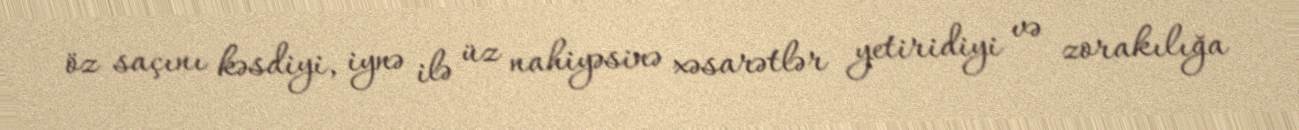
öz saçını kəsdiyi, iynə ilə üz nahiyəsinə xəsarətlər yetiridiyi və zorakılığa